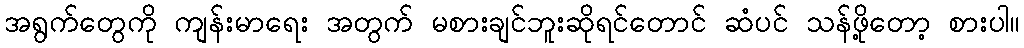
အရွက်တွေကို ကျန်းမာရေး အတွက် မစားချင်ဘူးဆိုရင်တောင် ဆံပင် သန်ဖို့တော့ စားပါ။